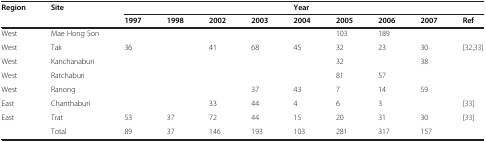
<table><thead><tr><td><b>Region</b></td><td><b>Site</b></td><td><b> </b></td><td><b> </b></td><td><b> </b></td><td><b> </b></td><td><b>Year</b></td><td><b> </b></td><td><b> </b></td><td><b> </b></td><td><b> </b></td></tr><tr><td><b> </b></td><td><b> </b></td><td><b>1997</b></td><td><b>1998</b></td><td><b>2002</b></td><td><b>2003</b></td><td><b>2004</b></td><td><b>2005</b></td><td><b>2006</b></td><td><b>2007</b></td><td><b>Ref</b></td></tr></thead><tbody><tr><td>West</td><td>Mae Hong Son</td><td> </td><td> </td><td> </td><td> </td><td> </td><td>103</td><td>189</td><td> </td><td> </td></tr><tr><td>West</td><td>Tak</td><td>36</td><td> </td><td>41</td><td>68</td><td>45</td><td>32</td><td>23</td><td>30</td><td>[32,33]</td></tr><tr><td>West</td><td>Kanchanaburi</td><td> </td><td> </td><td> </td><td> </td><td> </td><td>32</td><td> </td><td>38</td><td> </td></tr><tr><td>West</td><td>Ratchaburi</td><td> </td><td> </td><td> </td><td> </td><td> </td><td>81</td><td>57</td><td> </td><td> </td></tr><tr><td>West</td><td>Ranong</td><td> </td><td> </td><td> </td><td>37</td><td>43</td><td>7</td><td>14</td><td>59</td><td> </td></tr><tr><td>East</td><td>Chanthaburi</td><td> </td><td> </td><td>33</td><td>44</td><td>4</td><td>6</td><td>3</td><td> </td><td>[33]</td></tr><tr><td>East</td><td>Trat</td><td>53</td><td>37</td><td>72</td><td>44</td><td>15</td><td>20</td><td>31</td><td>30</td><td>[33]</td></tr><tr><td> </td><td>Total</td><td>89</td><td>37</td><td>146</td><td>193</td><td>103</td><td>281</td><td>317</td><td>157</td><td> </td></tr></tbody></table>